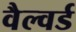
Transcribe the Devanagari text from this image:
वैल्वर्ड